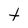
Character: t